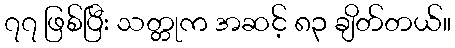
၇၇ ဖြစ်ပြီး သတ္တုက အဆင့် ၈၃ ချိတ်တယ်။